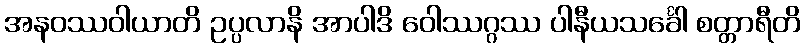
အနဝဿဝါယာတိ ဥပ္ပလာနိ အာပါဒိ ဝေါဿဂ္ဂဿ ပါနီယသင်္ခေါ စတ္တာရီတိ